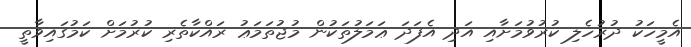
އެމީހަކު ދުރުހެލި ކުރުވުމަށާއި އަދި އެފަދަ ޢަމަލުތަކުން މުޖުތަމަޢު ރައްކާތެރި ކުރުމަށް ކަމުގައިވާތީ